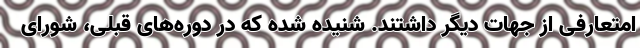
امتعارفی از جهات دیگر داشتند. شنیده شده که در دوره‌های قبلی، شورای